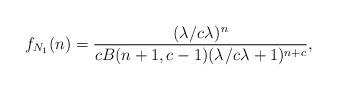
LaTeX: \begin{align*} f_{N_1}(n) = \frac{(\lambda_{} / c \lambda_{})^n}{ c B(n+1,c-1) (\lambda_{} / c\lambda_{} + 1)^{n+c}},\end{align*}